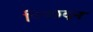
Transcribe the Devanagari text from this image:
विच्छदन